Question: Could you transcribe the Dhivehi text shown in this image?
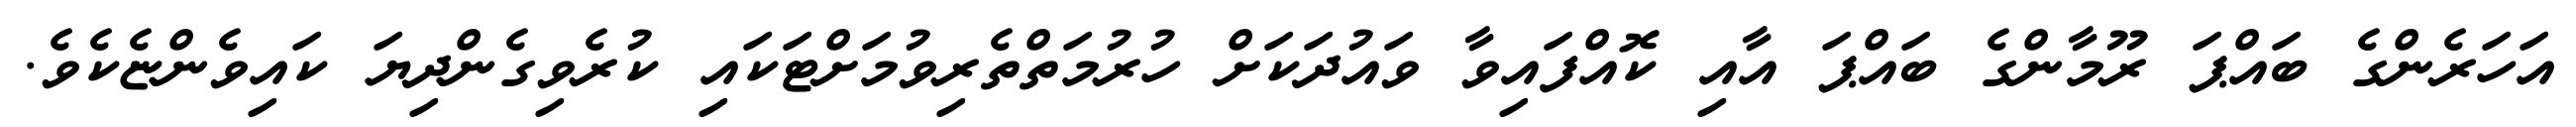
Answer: އަހަރެންގެ ބައްޕަ ރޫމާންގެ ބައްޕަ އާއި ކޮއްފައިވާ ވައުދަކަށް ހުރުމަތްތެރިވުމަށްޓަކައި ކުރެވިގެންދިޔަ ކައިވެންޏެކެވެ.